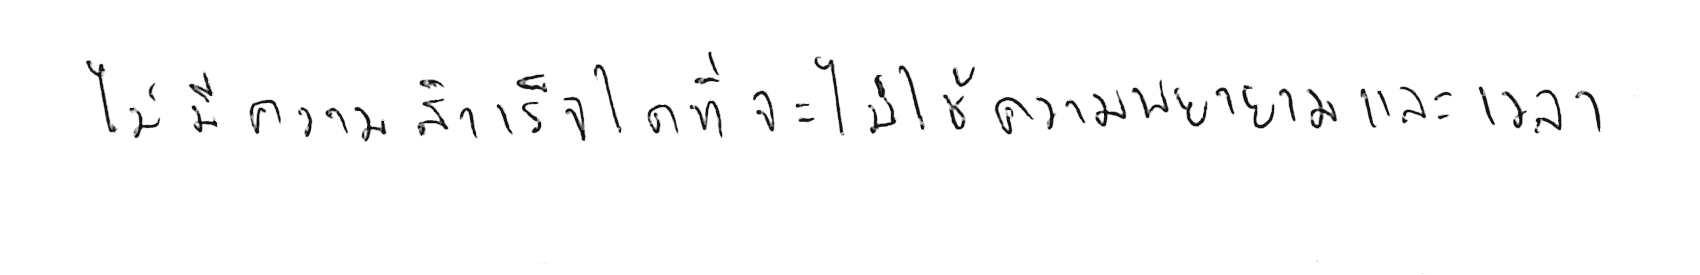
ไม่มีความสำเร็จใด ที่จะไม่ใช้ความพยายามและเวลา